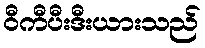
ဝီကီပီးဒီးယားသည်